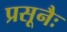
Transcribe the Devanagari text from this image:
प्रसूनैः